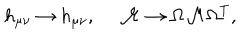
LaTeX: h _ { \mu \nu } \to h _ { \mu \nu } , \ { \cal M } \to \Omega { \cal M } \Omega ^ { T } ,